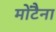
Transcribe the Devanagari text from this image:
मोंटैना